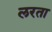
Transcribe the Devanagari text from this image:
लरता